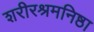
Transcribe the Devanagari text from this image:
शरीरश्रमनिष्ठा